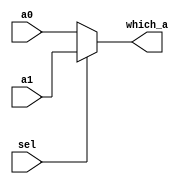

module mux2_32bit(sel, a0, a1, 
					which_a);
	input wire sel;
	input wire[31:0] a0, a1;
	output wire[31:0] which_a;

	assign which_a = sel ? a1 : a0;

endmodule // mux2_32bit